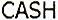
CASH